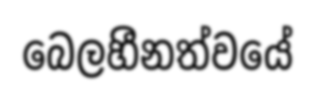
බෙලහීනත්වයේ